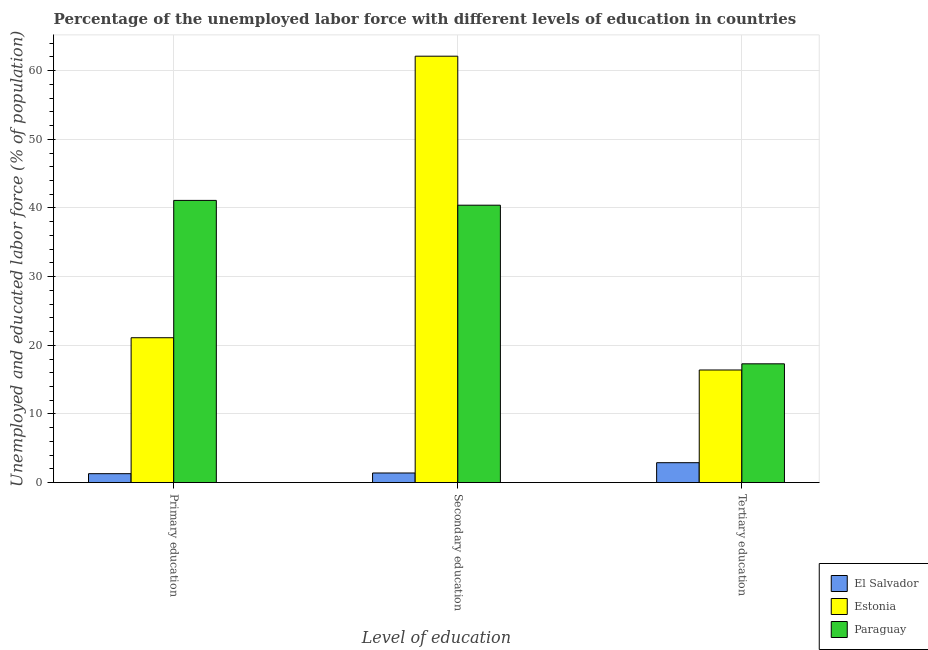
| Level of education | El Salvador | Estonia | Paraguay |
 | --- | --- | --- | --- |
 | Primary education | 1.3 | 21.1 | 41.1 |
 | Secondary education | 1.4 | 62.1 | 40.4 |
 | Tertiary education | 2.9 | 16.4 | 17.3 |